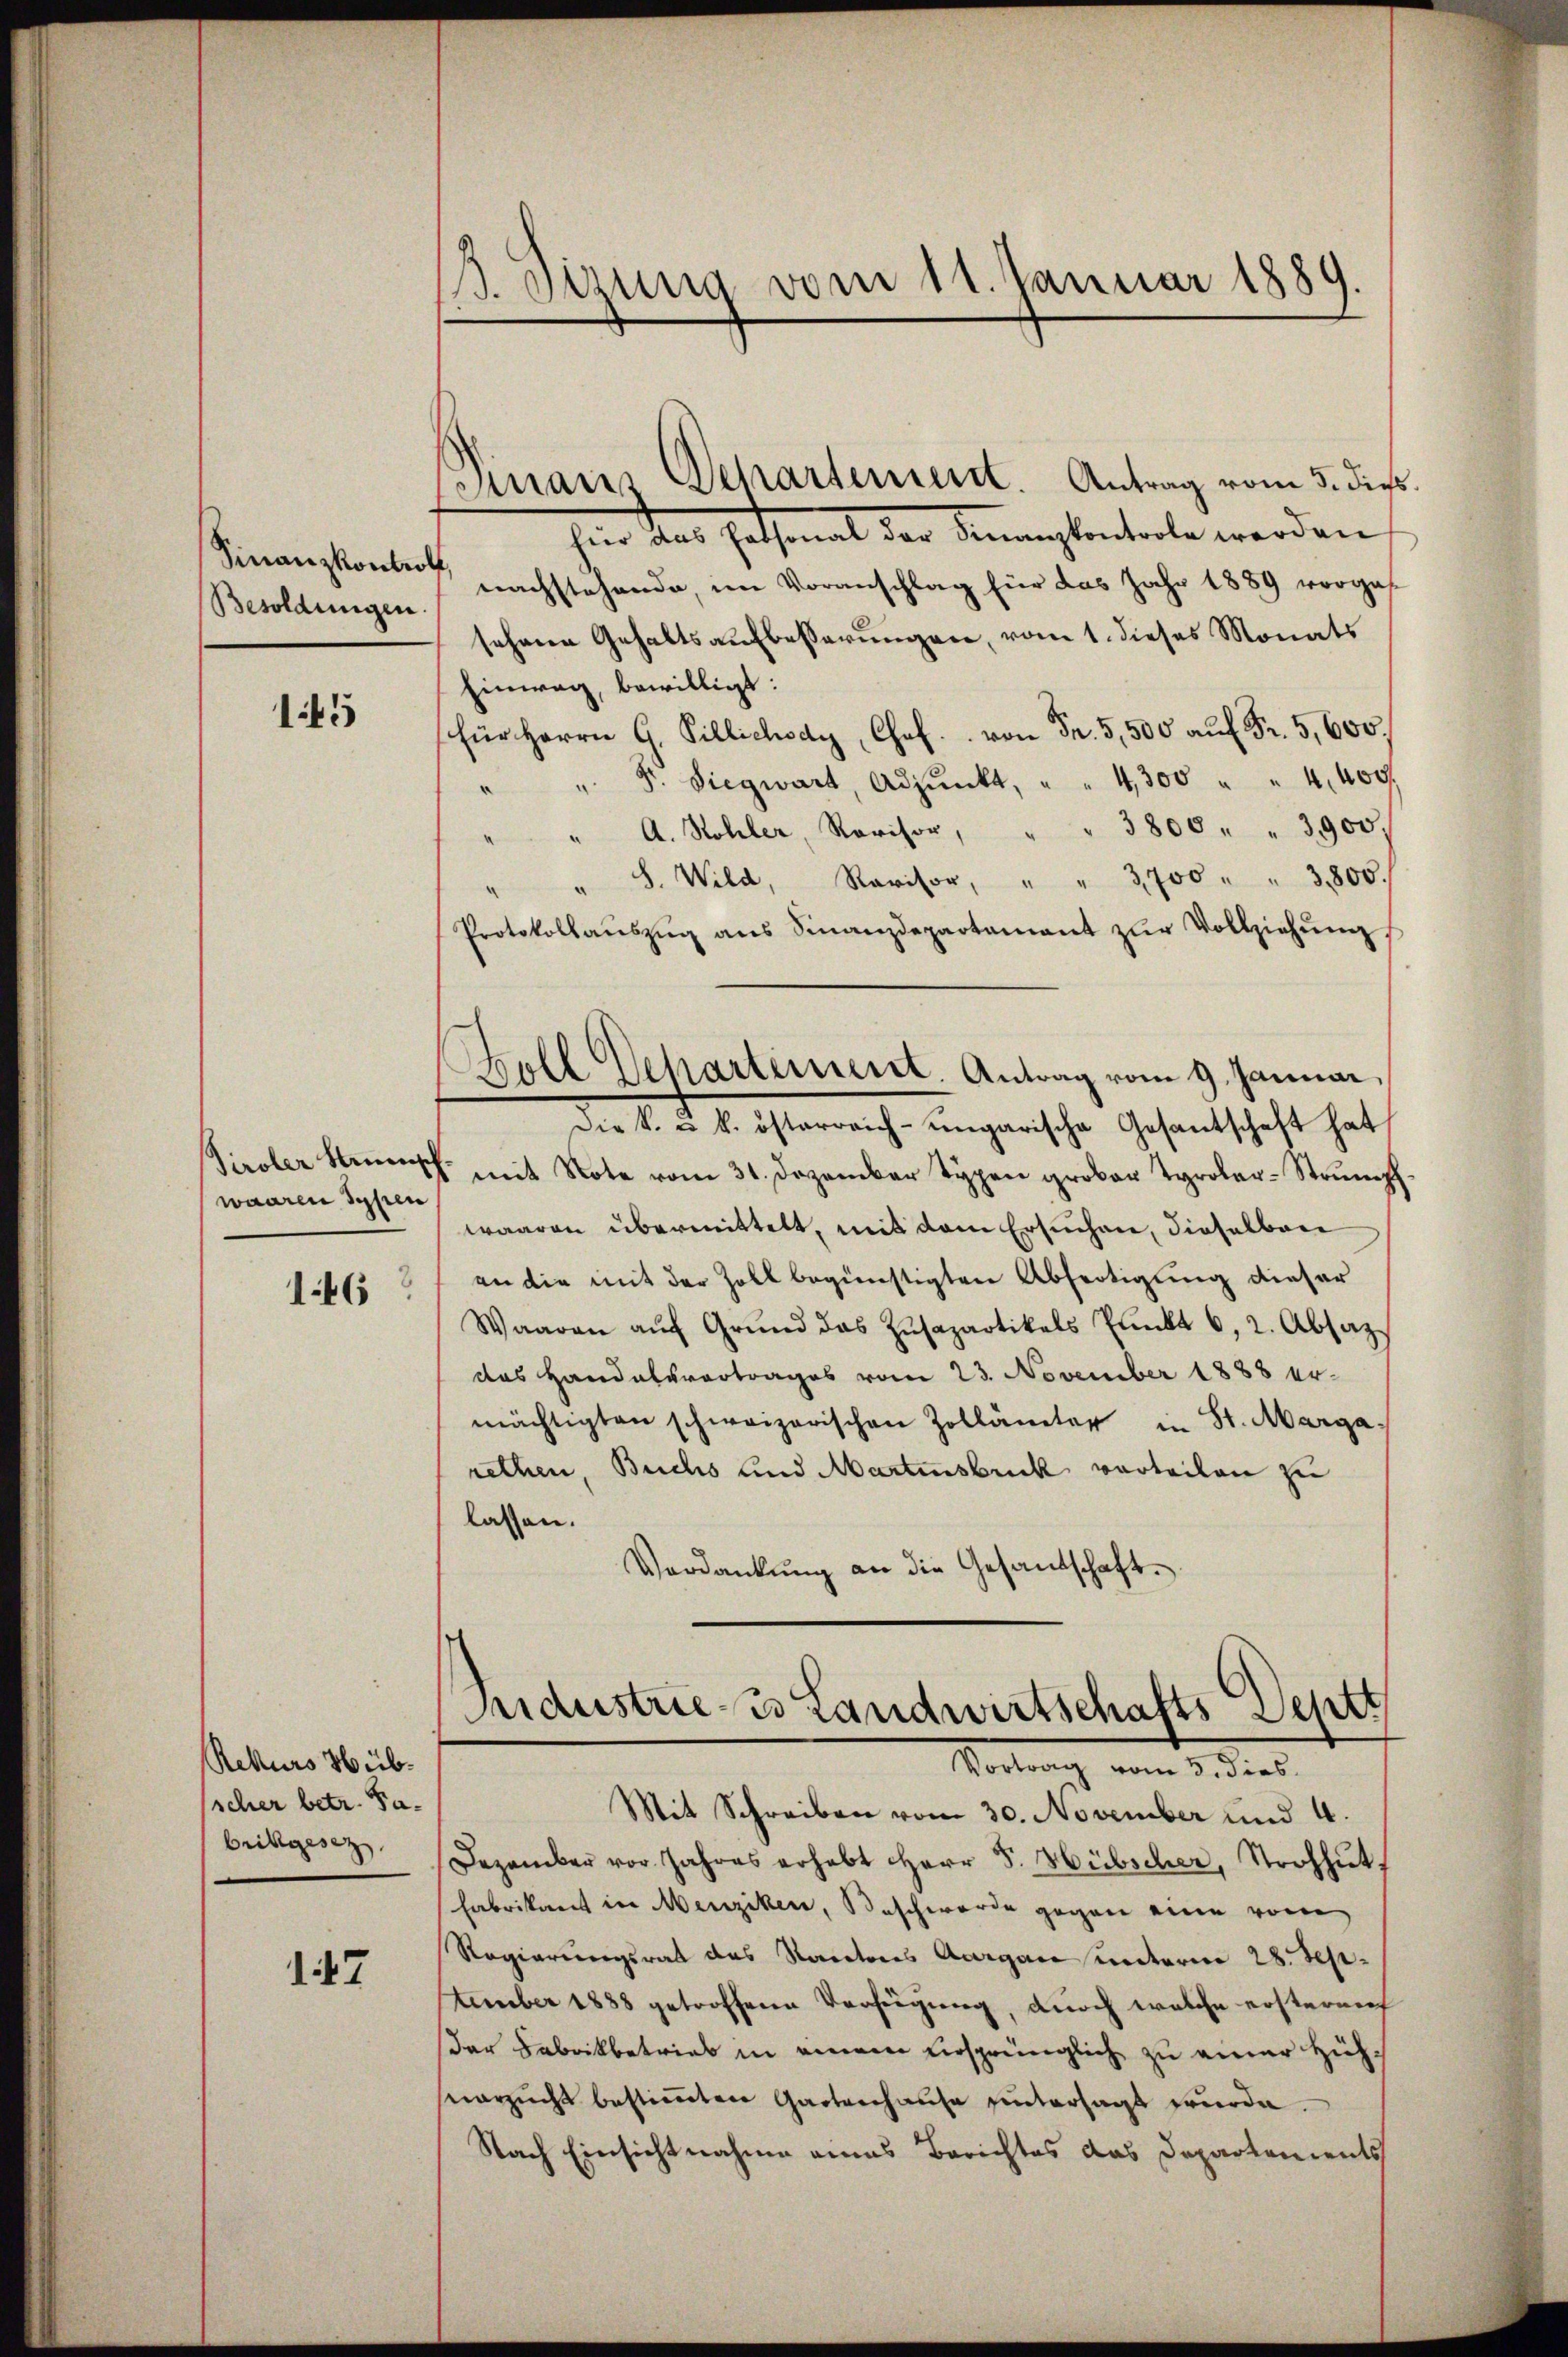
Finanzkontroll,
Besoldungen

145

Tiroler Hinsch
waaren Schien
146

Rekurs Hübscher betr. Pabrikgesez

147

3. Sizung vom 11. Januar 1889.

Finanz Departement. Antrag vom 3. dies

für das Passonal der Finanzkontrole werden
nachstehende, im Voranschlag für das Jahr 1889 vorges
sehene Gehaltsaufbesserungen, vom 1. dieses Monats
Einwag, bewilligt:
Für Herrn G. Pillichody, Chof. von Fr. 5,500 auf Fr. 5,600.
Dr. Siegwart, Adjunkt, " " 4300 " " 4,400,
" " A. Kohler, Revisor, " " 3800 " " 3,900.
" " S. Wild, Revisor, " " 3,700 " " 3800.
Protokollaŭszŭg ans Finanzdepartamant zŭr Vollziehŭng
Soll Dekartement. Antrag vom 9. Januar,
Die k. u. k. österreich-ungarische Gesantschaft hat
mit Note vom 31. Dezember Typen grober Tyroler-Strŭmpf
waaren übermittelt, mit dem Ersuchen, dieselben
an die mit der Zoll begünstigten Abfertigung dieser
Waaren aŭf Grŭnd das Zŭsapartikals Punkt 6, 2. Absaz
das Handelsvertrages vom 23. November 1888 ermächtigten schweizerischen Zollämter in St. Marga
rethen, Buchs und Martensbrick vorteilen zu
lassen.
Verdankŭng an die Gesandschaft.

Industrie-Is Landwirtschafts-Deptt
Vortrag vom 3. dies
Mit Schreiben vom 30. November und 4.

Dezember vor Jahres erhebt Herr J. Hübscher, Strohhut
Fabrikant in Menziken, Beschwerde gegen eine vore
Regierungsrat des Kantons Aargau unterm 28. September 1888 getroffene Verfügung, durch welche ersterneh
der Fabrikbetrieb in einem versprünglich zu einer Hühvorzŭcht bestiṁten Gartenhause hintersagt wurde.
Nach Einsichtnahme eines Berichtes das Departements